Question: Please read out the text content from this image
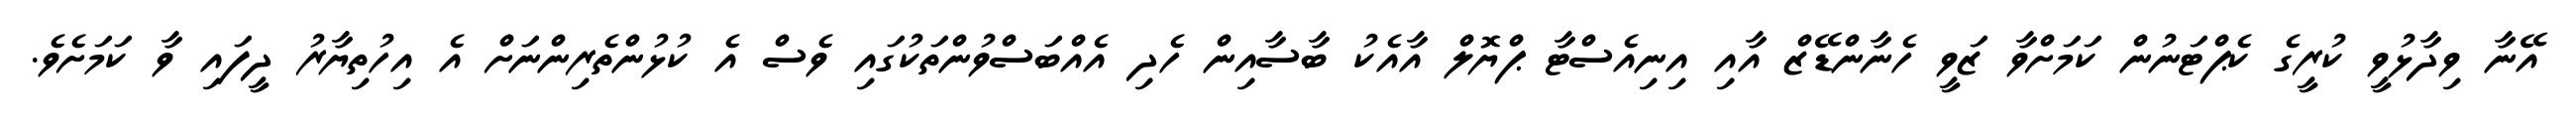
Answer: އޭނާ ވިދާޅުވީ ކުރީގެ ކެޕްޓަނުން ކަމަށްވާ ޒަވީ ހެނާންޑޭޒް އާއި އިނިއެސްޓާ ޕްޔޮލް އާއެކު ބާސާއިން ހެދި އެއްބަސްވުންތަކުގައި ވެސް އެ ކުޅުންތެރިންނަށް އެ އިހުތިޔާރު ދީފައި ވާ ކަމަށެވެ.